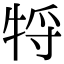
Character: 㸹